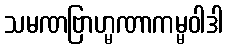
သမဏဗြာဟ္မဏာကမ္မဝါဒါ